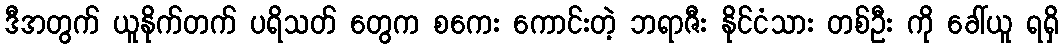
ဒီအတွက် ယူနိုက်တက် ပရိသတ် တွေက စကေး ကောင်းတဲ့ ဘရာဇီး နိုင်ငံသား တစ်ဦး ကို ခေါ်ယူ ရရှိ